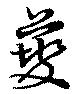
虁